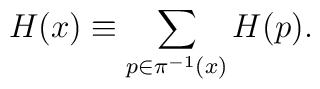
H(x) \equiv \sum_{p \in \pi^{-1}(x)} H(p) .